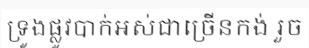
ទ្រូងផ្លូវបាក់អស់ជាច្រើនកង់ រួច